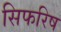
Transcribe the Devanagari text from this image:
सिफरिष